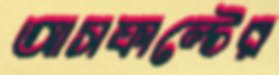
আসফাল্টের